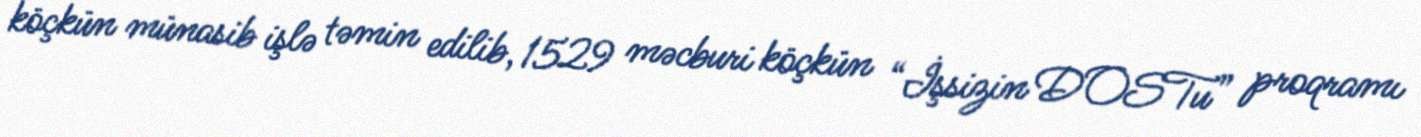
köçkün münasib işlə təmin edilib, 1529 məcburi köçkün “İşsizin DOSTu” proqramı